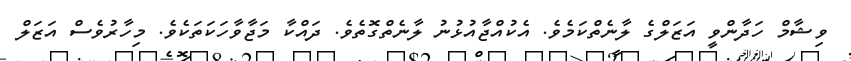
ވިޝާމް ހަދާންވީ އަޒަލްގެ ލާނެތްކަމެވެ. އެކުއްޖާއުޅުނު ލާނެތްގޮތެވެ. ދައްކާ މަޖާވާހަކަތަކެވެ. މިހާރުވެސް އަޒަލް